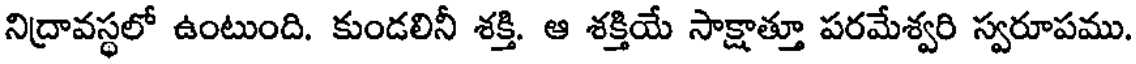
నిద్రావస్థలో ఉంటుంది. కుండలినీ శక్తి. ఆ శక్తియే సాక్షాత్తూ పరమేశ్వరి స్వరూపము.